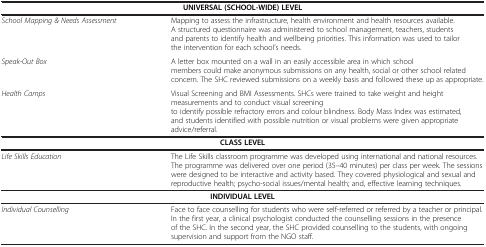
<table><thead><tr><td colspan="2"><b>UNIVERSAL (SCHOOL-WIDE) LEVEL</b></td></tr></thead><tbody><tr><td><i>School Mapping &amp; Needs Assessment</i></td><td>Mapping to assess the infrastructure, health environment and health resources available. A structured questionnaire was administered to school management, teachers, students and parents to identify health and wellbeing priorities. This information was used to tailor the intervention for each school’s needs.</td></tr><tr><td><i>Speak-Out Box</i></td><td>A letter box mounted on a wall in an easily accessible area in which school members could make anonymous submissions on any health, social or other school related concern. The SHC reviewed submissions on a weekly basis and followed these up as appropriate.</td></tr><tr><td><i>Health Camps </i></td><td>Visual Screening and BMI Assessments. SHCs were trained to take weight and height measurements and to conduct visual screening to identify possible refractory errors and colour blindness. Body Mass Index was estimated, and students identified with possible nutrition or visual problems were given appropriate advice/referral.</td></tr><tr><td colspan="2"><b>CLASS LEVEL</b></td></tr><tr><td><i>Life Skills Education</i></td><td>The Life Skills classroom programme was developed using international and national resources. The programme was delivered over one period (35–40 minutes) per class per week. The sessions were designed to be interactive and activity based. They covered physiological and sexual and reproductive health; psycho-social issues/mental health; and, effective learning techniques.</td></tr><tr><td colspan="2"><b>INDIVIDUAL LEVEL</b></td></tr><tr><td><i>Individual Counselling</i></td><td>Face to face counselling for students who were self-referred or referred by a teacher or principal. In the first year, a clinical psychologist conducted the counselling sessions in the presence of the SHC. In the second year, the SHC provided counselling to the students, with ongoing supervision and support from the NGO staff.</td></tr></tbody></table>